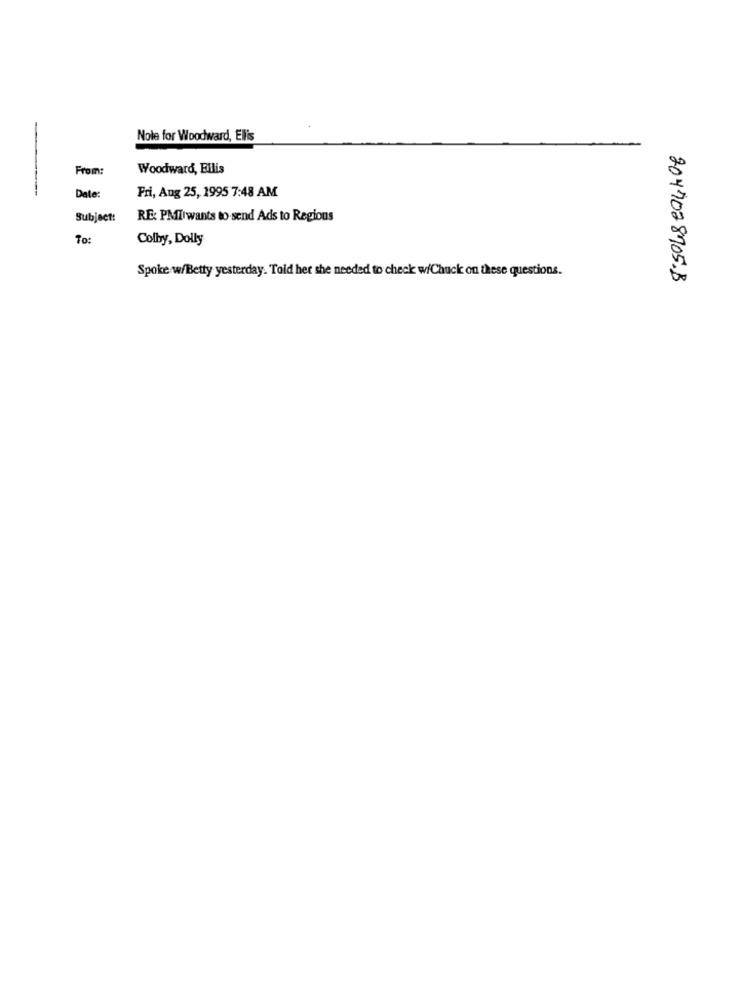
Nole for Woodward, Ellis
From:
Woodward, Eilis
Dale
Fri, Aug 25, 1995 7:48 AM
Subject:
RE: PMTiwants to send Ads to Regious
To:
Colby, Dolly
Spoke w/Betty yesterday. Told her she needed to check w/Chuck on these questions.
2047028705.B